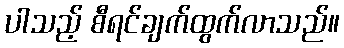
ပါသည့် စီရင်ချက်ထွက်လာသည်။